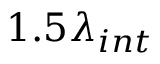
1 . 5 \lambda _ { i n t }